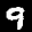
Label: 9